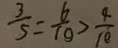
\frac { 3 } { 5 } = \frac { 6 } { 1 0 } > \frac { 4 } { 1 0 }